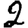
Digit: 2